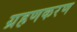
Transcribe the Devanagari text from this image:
ग्रहणकरण